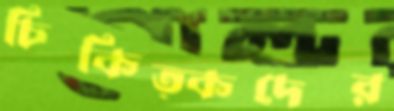
চিকিত্কদের